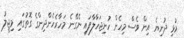
މުޅި ދުނިޔެ އިން ވެސް މިހެން ހުނިޖަހާލާފައި ނެގޭނެ މަހާރެހެންދިންގެ ގޮތުގައި މިޖީލު